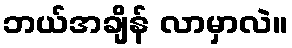
ဘယ်အချိန် လာမှာလဲ။